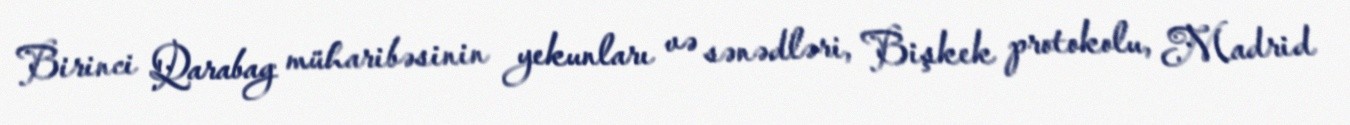
Birinci Qarabag müharibəsinin yekunları və sənədləri, Bişkek protokolu, Madrid